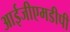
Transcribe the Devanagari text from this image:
आईजीएमडीपी